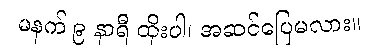
မနက် ၉ နာရီ ထိုးပါ၊ အဆင်ပြေမလား။